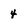
Character: 4